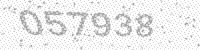
Solution: 057938